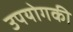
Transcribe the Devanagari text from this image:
उपयोगकी